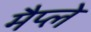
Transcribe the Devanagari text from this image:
मैप्ले